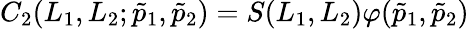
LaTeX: C_{2}(L_{1},L_{2};\tilde{p}_{1},\tilde{p}_{2})=S(L_{1},L_{2})\varphi(\tilde{p}_{1},\tilde{p}_{2})